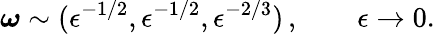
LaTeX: \boldsymbol{\omega}\sim(\epsilon^{-1/2},\epsilon^{-1/2},\epsilon^{-2/3})\, ,\qquad\epsilon\to 0.